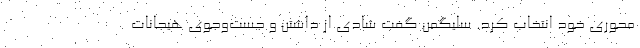
محوری خود انتخاب کرد. سلیگمن گفت شادی از داشتن و جست‌وجوی هیجانات